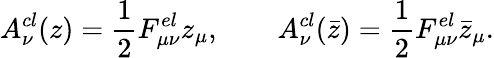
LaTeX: A_{\nu}^{cl}(z)=\frac 12F_{\mu\nu}^{el}z_{\mu},\qquad A_{\nu}^{cl}(\bar{z})=\frac 12F_{\mu\nu}^{el}\bar{z}_{\mu}.